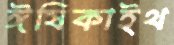
ঈষিকাইথ